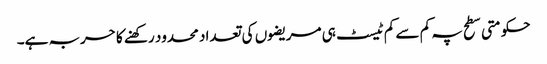
حکومتی سطح پہ کم سے کم ٹیسٹ ہی مریضوں کی تعداد محدود رکھنے کا حربہ ہے۔